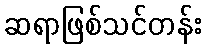
ဆရာဖြစ်သင်တန်း